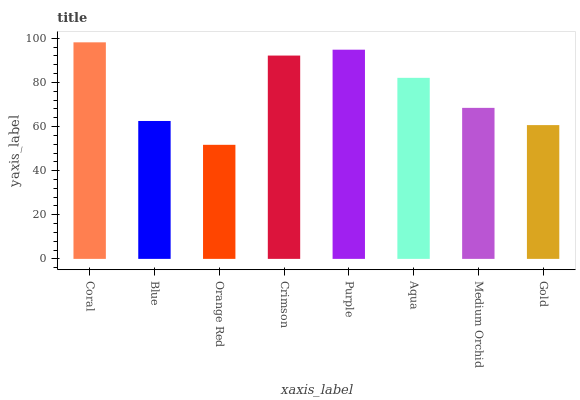
| xaxis_label | bars |
 | --- | --- |
 | Coral | 98.2 |
 | Blue | 62.5 |
 | Orange Red | 51.7 |
 | Crimson | 92.2 |
 | Purple | 94.9 |
 | Aqua | 82.1 |
 | Medium Orchid | 68.5 |
 | Gold | 60.7 |